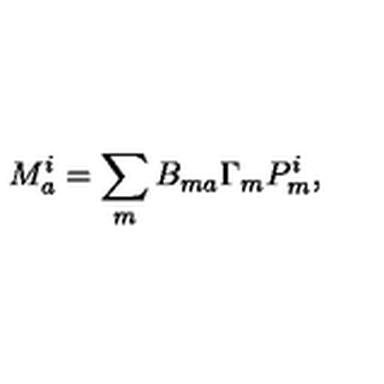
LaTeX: M _ { a } ^ { i } = \sum _ { m } B _ { m a } \Gamma _ { m } P _ { m } ^ { i } ,